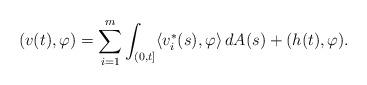
LaTeX: \begin{align*}(v(t),\varphi)= \sum_{i=1}^m \int_{(0,t]}\langle v^{\ast}_i(s),\varphi\rangle\, dA(s) + (h(t),\varphi).\end{align*}